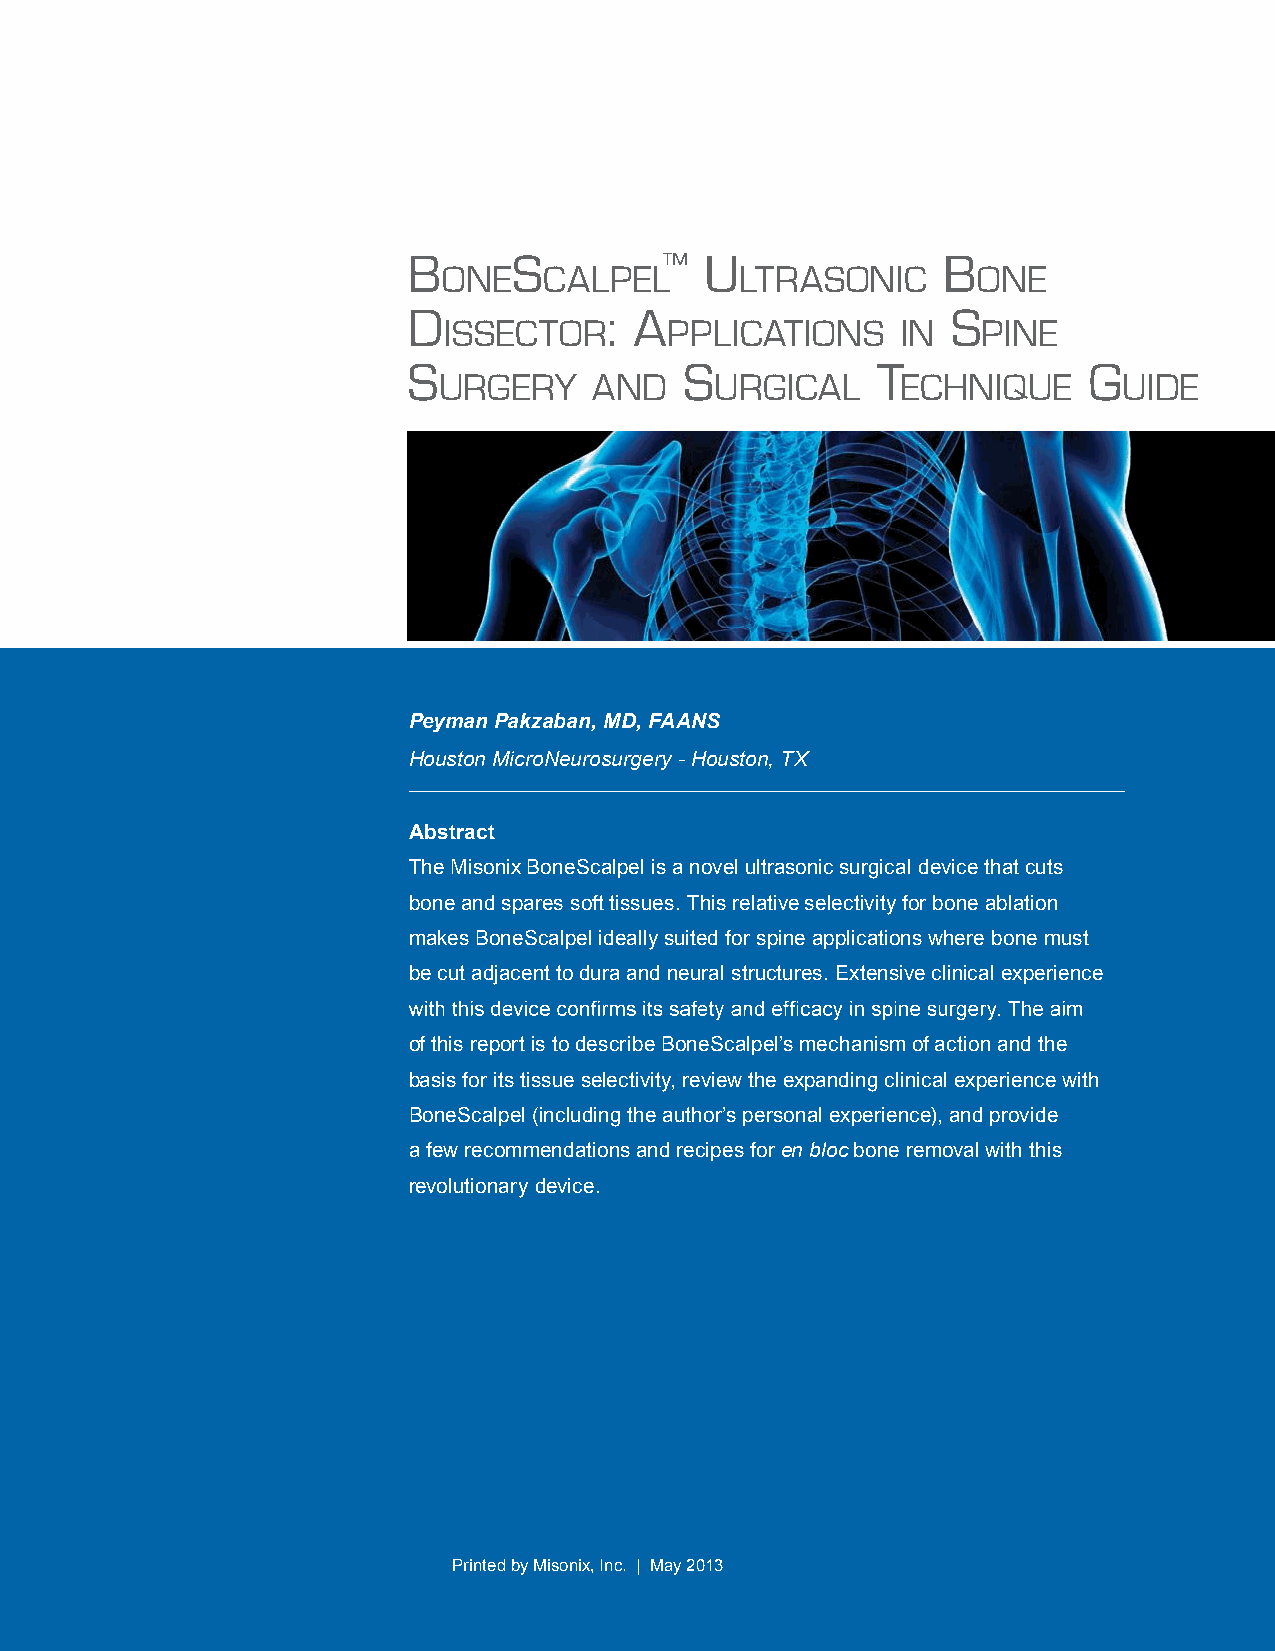
B      S         ™  U              B
 ONE    CALPEL       LTRASONIC       ONE
 D            : A                    S
 ISSECTOR       PPLICATIONS     IN   PINE
 S                 S            T             G
 URGERY    AND     URGICAL      ECHNIQUE      UIDE
 Peyman Pakzaban, MD, FAANS
 Houston MicroNeurosurgery - Houston, TX
 Abstract
 The Misonix BoneScalpel is a novel ultrasonic surgical device that cuts
 bone and spares soft tissues. This relative selectivity for bone ablation
 makes BoneScalpel ideally suited for spine applications where bone must
 be cut adjacent to dura and neural structures. Extensive clinical experience
 of this report is to describe BoneScalpel’s mechanism of action and the
 basis for its tissue selectivity, review the expanding clinical experience with
 BoneScalpel (including the author’s personal experience), and provide
 a few recommendations and recipes for en bloc bone removal with this
 revolutionary device.
 Printed by Misonix, Inc. | May 2013